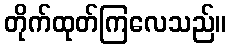
တိုက်ထုတ်ကြလေသည်။